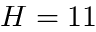
H = 1 1